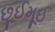
છૂઈમૂઈ